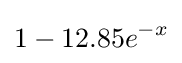
1-12.85e^{-x}